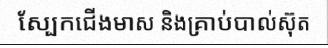
ស្បែកជើងមាស និងគ្រាប់បាល់ស៊ុត